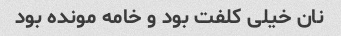
نان خیلی کلفت بود و خامه مونده بود